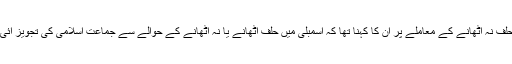
حلف نہ اٹھانے کے معاملے پر ان کا کہنا تھا کہ اسمبلی میں حلف اٹھانے یا نہ اٹھانے کے حوالے سے جماعت اسلامی کی تجویز آئی۔